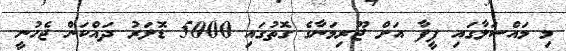
މި މައްސަލާގައި ފީފާ އަށް ޖޫރިމަނާގެ ގޮތުގައި 5000 ޑޮލަރު ދައްކަން ޖެހުނީ